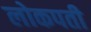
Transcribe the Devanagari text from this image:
लोकपती